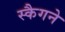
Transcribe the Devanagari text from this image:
स्कैगने